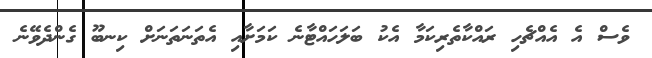
ވެސް އެ އެއްޗެހި ރައްކާތެރިކަމާ އެކު ބަލަހައްޓާނެ ކަަމަށާއި އެތަނަތަނަށް ކިނބޫ ގެންދެވޭނެ